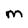
Character: M